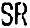
SR